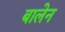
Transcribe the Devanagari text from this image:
बालेन